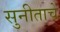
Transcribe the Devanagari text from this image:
सुनीताचे